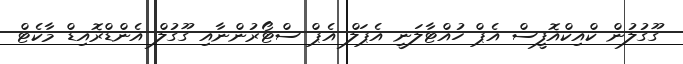
ގޫގުލުން ކްއިކްއޮފީސް އެޕް ހުއްޓާލަނީ އެޕަލް އެޕް ސްޓޯރުންނާއި ގޫގުލް އެންޑްރޮއިޑް މާކެޓް